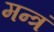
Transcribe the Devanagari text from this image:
मन्‍त्रं